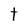
Character: t